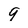
Character: 9